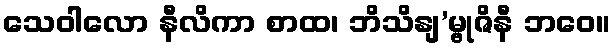
သေဝါလော နီလိကာ စာထ၊ ဘိသိနျ’မ္ဗုဇိနီ ဘဝေ။